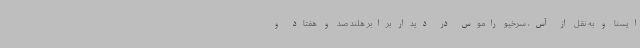
ایسنا و به نقل از آس، سرخیو راموس در دیدار برابر هلند صد و هفتاد و